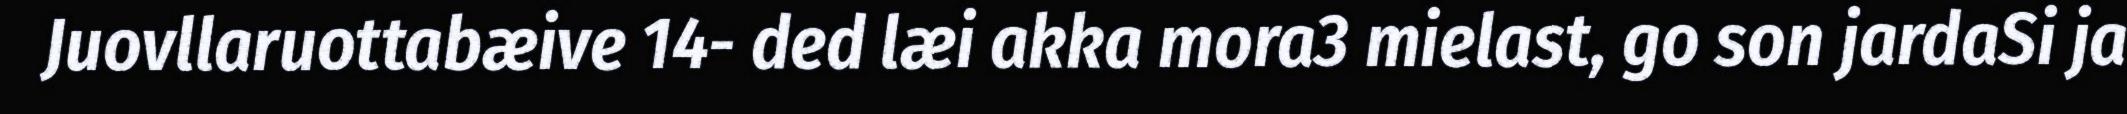
Juovllaruottabæive 14- ded læi akka mora3 mielast, go son jardaSi ja